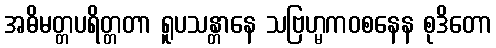
အဓိမတ္တပရိတ္တတာ ရူပသန္တာနေ သဗြဟ္မကဝစနေန စုဒိတော